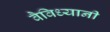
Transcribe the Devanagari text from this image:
वैविध्यानी